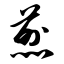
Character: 煎